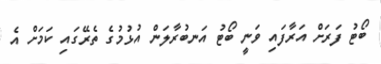
ބޯޓު ފަރަށް އަރާފައި ވަނީ ބޯޓު އަނބުރާލަން އުޅުމުގެ ތެރޭގައި ކަމަށް އެ